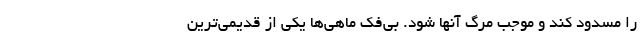
را مسدود کند و موجب مرگ آنها شود. بی‌فک ماهی‌ها یکی از قدیمی‌ترین